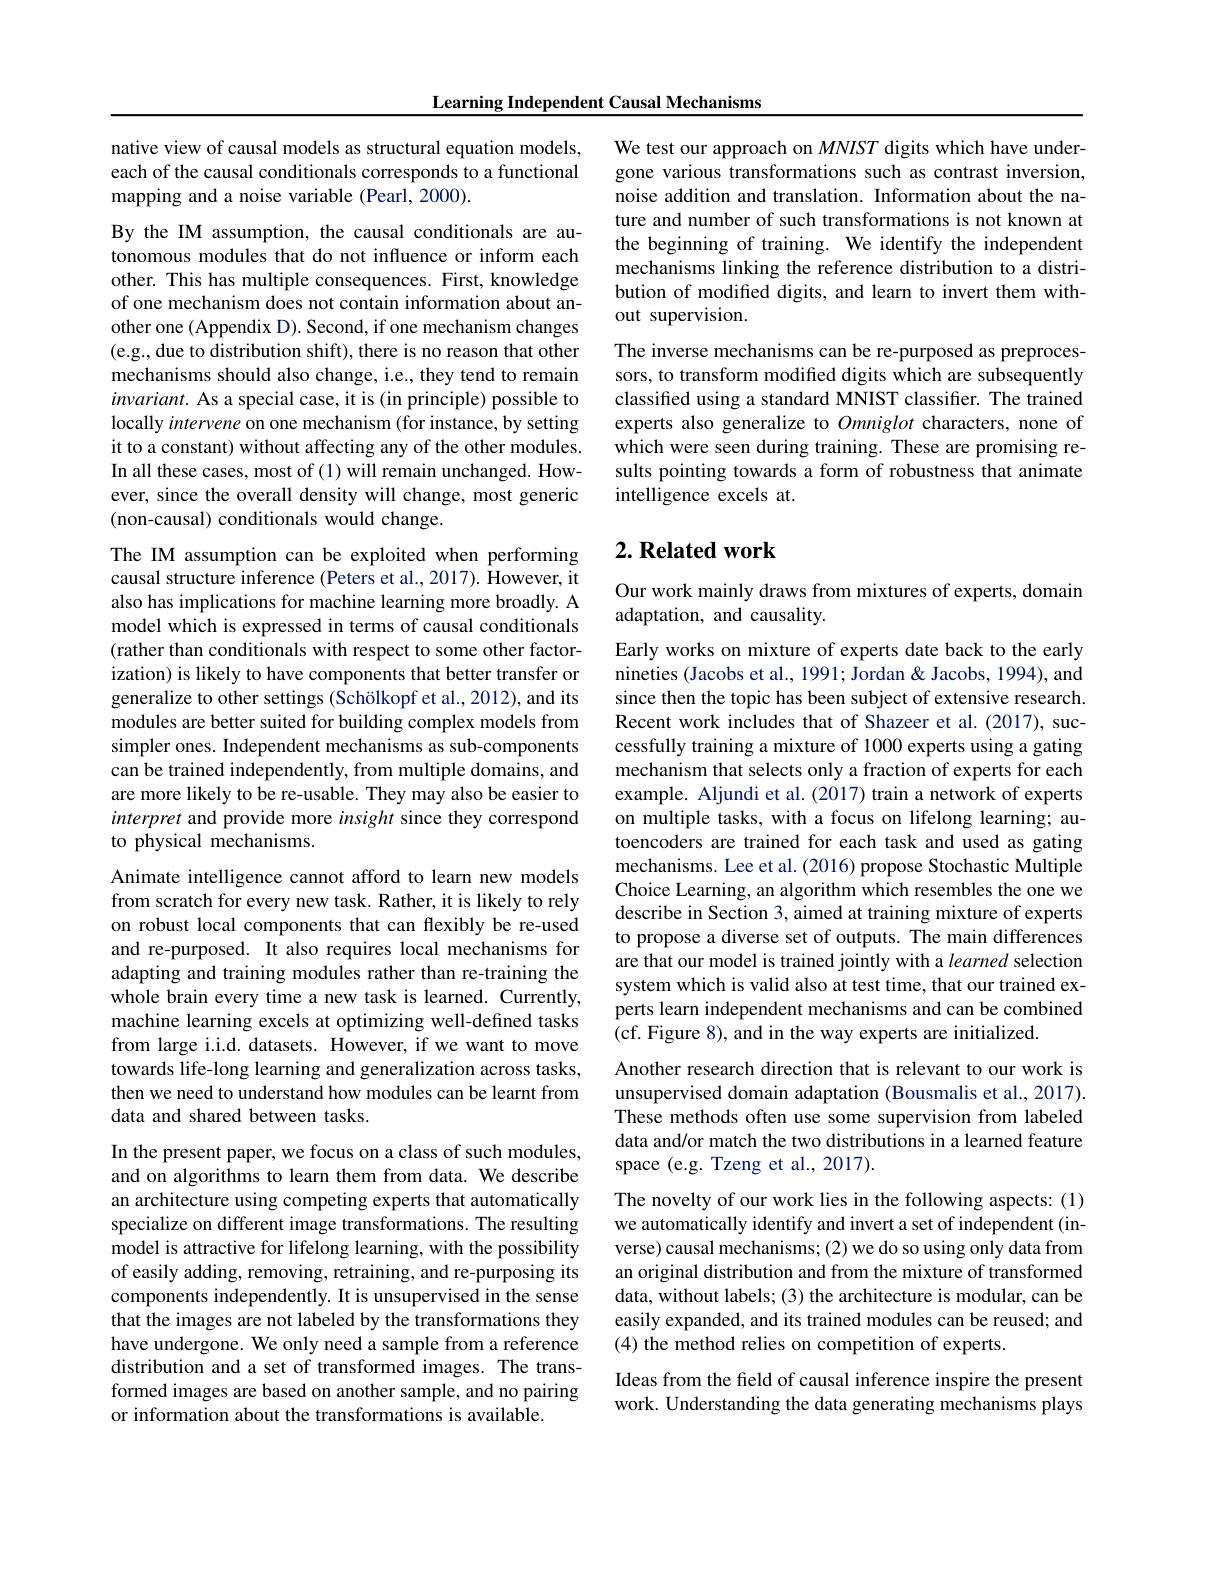
Learning Independent Causal Mechanisms

native view of causal models as structural equation models, each of the causal conditionals corresponds to a functional mapping and a noise variable (Pearl, 2000).

By the IM assumption, the causal conditionals are autonomous modules that do not influence or inform each other. This has multiple consequences. First, knowledge of one mechanism does not contain information about another one (Appendix D). Second, if one mechanism changes (e.g., due to distribution shift), there is no reason that other mechanisms should also change, i.e., they tend to remain $invariant.$ As a special case, it is (in principle) possible to locally intervene on one mechanism (for instance, by setting it to a constant) without affecting any of the other modules. In all these cases, most of (1) will remain unchanged. However, since the overall density will change, most generic (non-causal) conditionals would change.

The IM assumption can be exploited when performing causal structure inference (Peters et al., 2017). However, it also has implications for machine learning more broadly. A model which is expressed in terms of causal conditionals (rather than conditionals with respect to some other factorization) is likely to have components that better transfer or generalize to other settings (Schölkopf et al., 2012), and its modules are better suited for building complex models from simpler ones. Independent mechanisms as sub-components can be trained independently, from multiple domains, and are more likely to be re-usable. They may also be easier to interpret and provide more insight since they correspond to physical mechanisms.
Animate intelligence cannot afford to learn new models from scratch for every new task. Rather, it is likely to rely on robust local components that can flexibly be re-used and re-purposed. It also requires local mechanisms for adapting and training modules rather than re-training the whole brain every time a new task is learned. Currently, machine learning excels at optimizing well-defined tasks from large i.i.d. datasets. However, if we want to move towards life-long learning and generalization across tasks, then we need to understand how modules can be learnt from data and shared between tasks.
In the present paper, we focus on a class of such modules, and on algorithms to learn them from data. We describe an architecture using competing experts that automatically

specialize on different image transformations. The resulting model is attractive for lifelong learning, with the possibility of easily adding, removing, retraining, and re-purposing its components independently. It is unsupervised in the sense that the images are not labeled by the transformations they have undergone. We only need a sample from a reference distribution and a set of transformed images. The transformed images are based on another sample, and no pairing or information about the transformations is available.

We test our approach on $MNIST$ digits which have undergone various transformations such as contrast inversion, noise addition and translation. Information about the nature and number of such transformations is not known at the beginning of training. We identify the independent mechanisms linking the reference distribution to a distribution of modified digits, and learn to invert them without supervision.
The inverse mechanisms can be re-purposed as preprocessors, to transform modified digits which are subsequently classified using a standard MNIST classifier. The trained experts also generalize to Omniglot characters, none of which were seen during training. These are promising results pointing towards a form of robustness that animate intelligence excels at.

## $2. \textbf{ Related work}$

Our work mainly draws from mixtures of experts, domain
adaptation, and causality.

Early works on mixture of experts date back to the early nineties (Jacobs et al., 1991; Jordan & Jacobs, 1994), and since then the topic has been subject of extensive research. Recent work includes that of Shazeer et al.(2017), successfully training a mixture of 1000 experts using a gating mechanism that selects only a fraction of experts for each example. Aljundi et al. (2017) train a network of experts on multiple tasks, with a focus on lifelong learning; autoencoders are trained for each task and used as gating mechanisms. Lee et al. (2016) propose Stochastic Multiple Choice Learning, an algorithm which resembles the one we describe in Section 3, aimed at training mixture of experts to propose a diverse set of outputs. The main differences are that our model is trained jointly with a learned selection system which is valid also at test time, that our trained experts learn independent mechanisms and can be combined (cf. Figure 8), and in the way experts are initialized.

Another research direction that is relevant to our work is unsupervised domain adaptation (Bousmalis et al., 2017). These methods often use some supervision from labeled data and/or match the two distributions in a learned feature space (e.g. Tzeng et al., 2017).

The novelty of our work lies in the following aspects: (1) we automatically identify and invert a set of independent (inverse) causal mechanisms; (2) we do so using only data from an original distribution and from the mixture of transformed data, without labels; (3) the architecture is modular, can be easily expanded, and its trained modules can be reused; and (4) the method relies on competition of experts.

Ideas from the field of causal inference inspire the present work. Understanding the data generating mechanisms plays